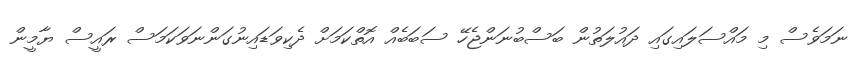
ނަމަވެސް މި މައްސަލައިގައި ދައުލަތުން ބަސްބުނަންޖެހޭ ސަބަބެއް އޮތްކަމަށް ދެކިވަޑައިނުގަންނަވަކަމަސް ރައީސް ޔާމީން